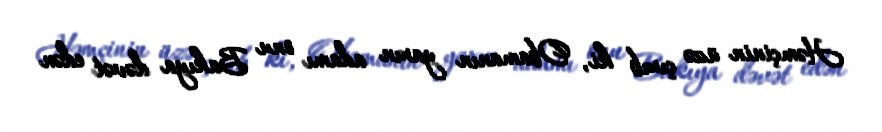
Həmçinin üzə çıxıb ki, Obamanın yaxın adamı onu Bakıya dəvət edən